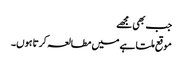
جب بھی مجھے
موقع ملتا ہے میں مطالعہ کرتا ہوں۔